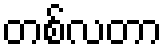
တစ်လတာ